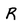
Character: R